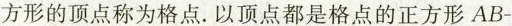
方形的顶点称为格点。以顶点都是格点的正方形AB-